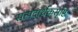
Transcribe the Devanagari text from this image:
सत्पदार्थैकसृष्टिः